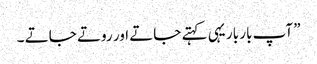
” آپ بار بار یہی کہتے جاتے اور روتے جاتے ۔